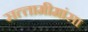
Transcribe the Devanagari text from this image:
सत्‍तामीमांसा